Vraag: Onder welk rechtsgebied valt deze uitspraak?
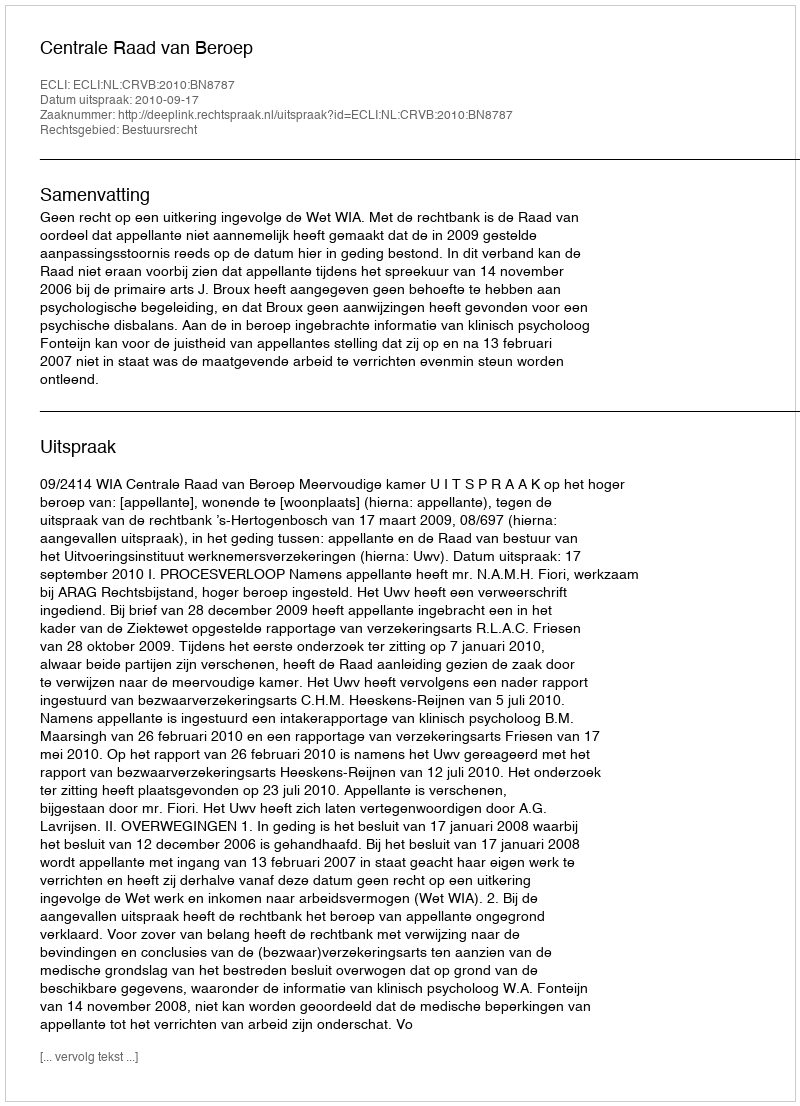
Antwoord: Bestuursrecht